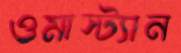
ওমাস্ট্যান